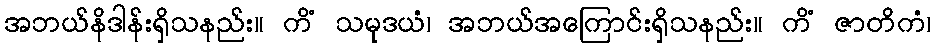
အဘယ်နိဒါန်းရှိသနည်း။ ကိံ သမုဒယံ၊ အဘယ်အကြောင်းရှိသနည်း။ ကိံ ဇာတိကံ၊